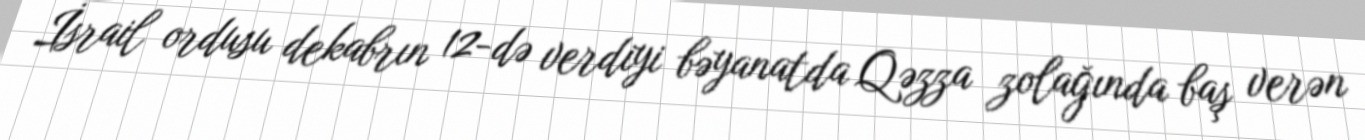
İsrail ordusu dekabrın 12-də verdiyi bəyanatda Qəzza zolağında baş verən